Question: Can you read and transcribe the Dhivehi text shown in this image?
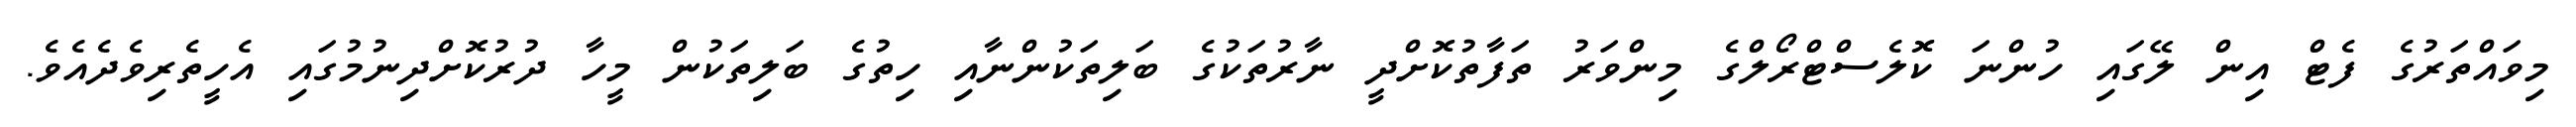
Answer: މިވައްތަރުގެ ފެޓް އިން ލޭގައި ހުންނަ ކޮލެސްޓްރޯލްގެ މިންވަރު ތަފާތުކޮށްދީ ނާރުތަކުގެ ބަލިތަކުންނާއި ހިތުގެ ބަލިތަކުން މީހާ ދުރުކޮށްދިނުމުގައި އެހީތެރިވެދެއެވެ.